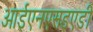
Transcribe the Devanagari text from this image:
आईएनएसइएडी